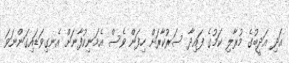
އަދި އަދީބުގެ މުރާލި ކަމުގެ ފައިދާ ސަރުކާރަށް ހިފަން ވެސް އެމަނިކުފާނަށް އެނގިވަޑައިގަންނަވަ